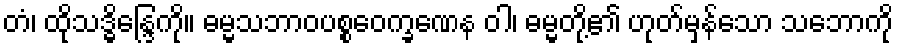
တံ၊ ထိုသဒ္ဓိန္ဒြေကို။ ဓမ္မသဘာဝပစ္စဝေက္ခဏေန ဝါ၊ ဓမ္မတို့၏ ဟုတ်မှန်သော သဘောကို